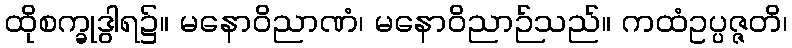
ထိုစက္ခုဒွါရ၌။ မနောဝိညာဏံ၊ မနောဝိညာဉ်သည်။ ကထံဥပ္ပဇ္ဇတိ၊